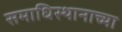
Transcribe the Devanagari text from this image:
समाधिस्थानाच्या